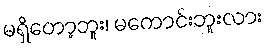
မရှိတော့ဘူး၊ မကောင်းဘူးလား